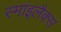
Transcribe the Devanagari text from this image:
स्माइलैक्स